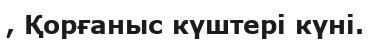
, Қорғаныс күштері күні.